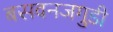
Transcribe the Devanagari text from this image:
बसवनजगुडी